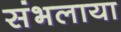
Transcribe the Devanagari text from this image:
संभलाया